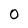
Character: O